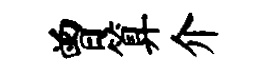
曾算介